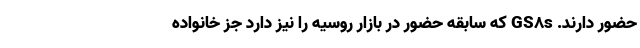
حضور دارند. GS8s که سابقه حضور در بازار روسیه را نیز دارد جز خانواده